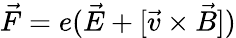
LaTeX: \vec{F}=e(\vec{E}+[\vec{v}\times\vec{B}])